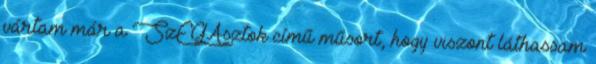
vártam már a SzEGAsztok című műsort, hogy viszont láthassam